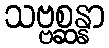
သဗ္ဗစ္ဆန္နာ